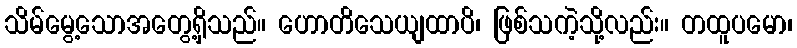
သိမ်မွေ့သောအတွေ့ရှိသည်။ ဟောတိသေယျထာပိ၊ ဖြစ်သကဲ့သို့လည်း။ တထူပမော၊